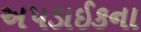
અપડાઈકના